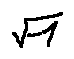
\sqrt { - 1 }